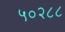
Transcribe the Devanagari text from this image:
५०२८८